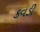
કવડી